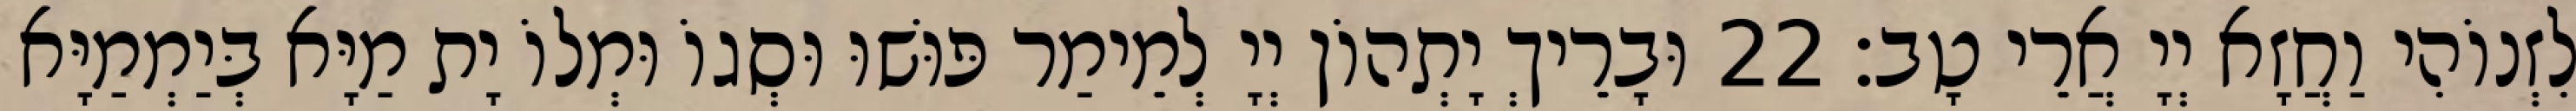
לִזְנוֹהִי וַחֲזָא יְיָ אֲרֵי טָב׃ 22 וּבָרֵיךְ יָתְהוֹן יְיָ לְמֵימַר פּוּשׁוּ וּסְגוֹ וּמְלוֹ יָת מַיָּא בְּיַמְמַיָּא